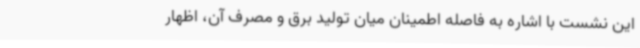
این نشست با اشاره به فاصله اطمینان میان تولید برق و مصرف آن، اظهار